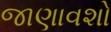
જાણાવશો